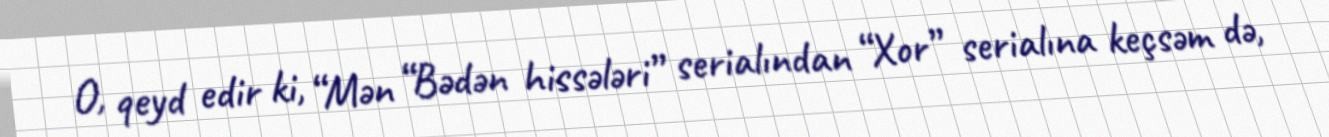
O, qeyd edir ki, “Mən “Bədən hissələri” serialından “Xor” serialına keçsəm də,